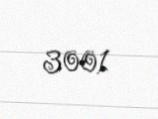
3001